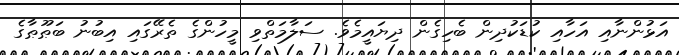
އަޅުންނާއި އަހާއި ކުޑަކުދިން ބެހިގެން ދިޔައީމެވެ. ސަލާމަތްވި މީހުންގެ ތެރޭގައި އިބުނު ބަޠޫޠާގެ